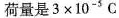
荷量是$$3 \times 1 0 ^ { - 5 } C$$